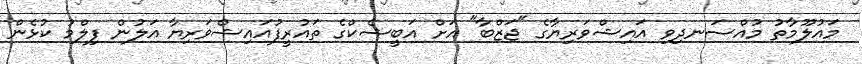
މައުލޫމާތު މުއްސަނދިވި އައިޝްވަރިޔާގެ "ޖަޒްބާ" އަށް އަބީޝެކްގެ ތައުރީފުއައިޝްވަރިޔާ އަލުން ފިލްމު ކުޅެން